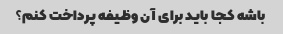
باشه کجا باید برای آن وظیفه پرداخت کنم؟